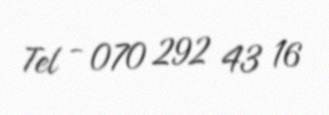
Tel - 070 292 43 16